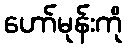
ဟော်မုန်းကို